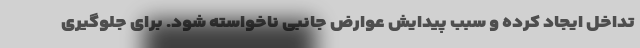
تداخل ایجاد کرده و سبب پیدایش عوارض جانبی ناخواسته شود. برای جلوگیری